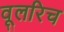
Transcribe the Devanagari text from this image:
वूलरिच